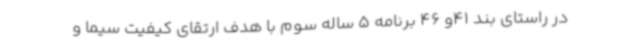
در راستای بند 41و 46 برنامه 5 ساله سوم با هدف ارتقای کیفیت سیما و